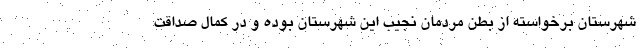
شهرستان برخواسته از بطن مردمان نجیب این شهرستان بوده و در کمال صداقت